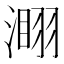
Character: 𣻫